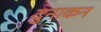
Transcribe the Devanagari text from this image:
दुनाकन